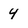
Character: 4